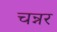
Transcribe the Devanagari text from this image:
चन्नर